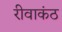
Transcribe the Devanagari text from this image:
रीवाकंठ